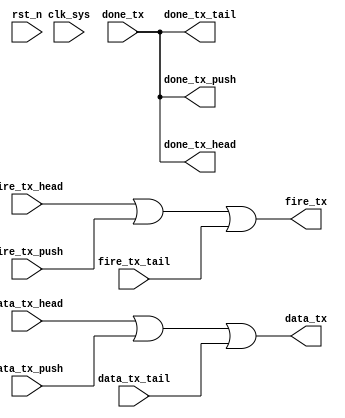
//commu_mux.v

module commu_mux(
fire_tx_head,
done_tx_head,
data_tx_head,
fire_tx_push,
done_tx_push,
data_tx_push,
fire_tx_tail,
done_tx_tail,
data_tx_tail,
fire_tx,
done_tx,
data_tx,
//clk rst
clk_sys,
rst_n
);
input 			fire_tx_head;
output			done_tx_head;
input [15:0]data_tx_head;
input 			fire_tx_push;
output			done_tx_push;
input [15:0]data_tx_push;
input 			fire_tx_tail;
output			done_tx_tail;
input [15:0]data_tx_tail;
output			fire_tx;
input 			done_tx;
output[15:0]data_tx;
//clk rst
input clk_sys;
input rst_n;
//-------------------------------------------
//-------------------------------------------

wire done_tx_head;
wire done_tx_push;
wire done_tx_tail;
assign done_tx_head = done_tx;
assign done_tx_push = done_tx;
assign done_tx_tail = done_tx;

wire fire_tx;
assign fire_tx = fire_tx_head | fire_tx_push | fire_tx_tail;
wire [15:0] data_tx;
assign data_tx = data_tx_head | data_tx_push | data_tx_tail;

endmodule